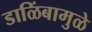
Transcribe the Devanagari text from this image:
डाळिंबामुळे